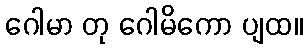
ဂေါမာ တု ဂေါမိကော ပျထ။